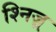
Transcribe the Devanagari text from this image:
श्निज़्र